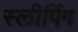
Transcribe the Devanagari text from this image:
स्‍लीपिंग